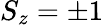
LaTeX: S_{z}=\pm 1